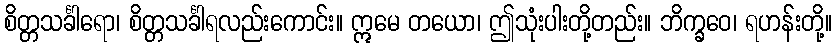
စိတ္တသင်္ခါရော၊ စိတ္တသင်္ခါရလည်းကောင်း။ ဣမေ တယော၊ ဤသုံးပါးတို့တည်း။ ဘိက္ခဝေ၊ ရဟန်းတို့။